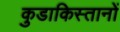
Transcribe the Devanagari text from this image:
कुडाकिस्तानों